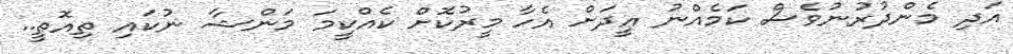
އަދި މެންދުރުނުވެސް ކަމެއްނު ޢީދަށް އެހާ މީރުކޮށް ކެއްކީމަ މަންޝާ ނުކައި ތިއޮތީ..